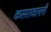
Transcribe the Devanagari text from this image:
कसरावल्ली